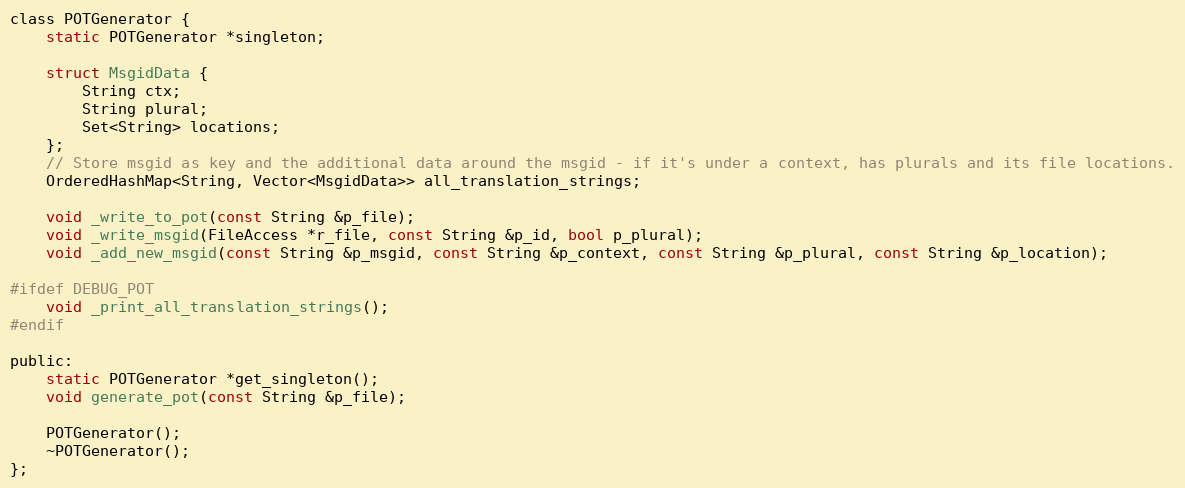
Language: C
class POTGenerator {
	static POTGenerator *singleton;

	struct MsgidData {
		String ctx;
		String plural;
		Set<String> locations;
	};
	// Store msgid as key and the additional data around the msgid - if it's under a context, has plurals and its file locations.
	OrderedHashMap<String, Vector<MsgidData>> all_translation_strings;

	void _write_to_pot(const String &p_file);
	void _write_msgid(FileAccess *r_file, const String &p_id, bool p_plural);
	void _add_new_msgid(const String &p_msgid, const String &p_context, const String &p_plural, const String &p_location);

#ifdef DEBUG_POT
	void _print_all_translation_strings();
#endif

public:
	static POTGenerator *get_singleton();
	void generate_pot(const String &p_file);

	POTGenerator();
	~POTGenerator();
};